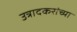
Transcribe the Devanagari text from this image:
उत्रादकरांच्या